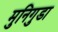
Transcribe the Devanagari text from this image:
मुनिगुडा